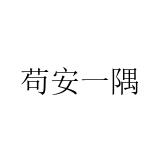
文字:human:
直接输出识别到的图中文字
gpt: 苟安一隅